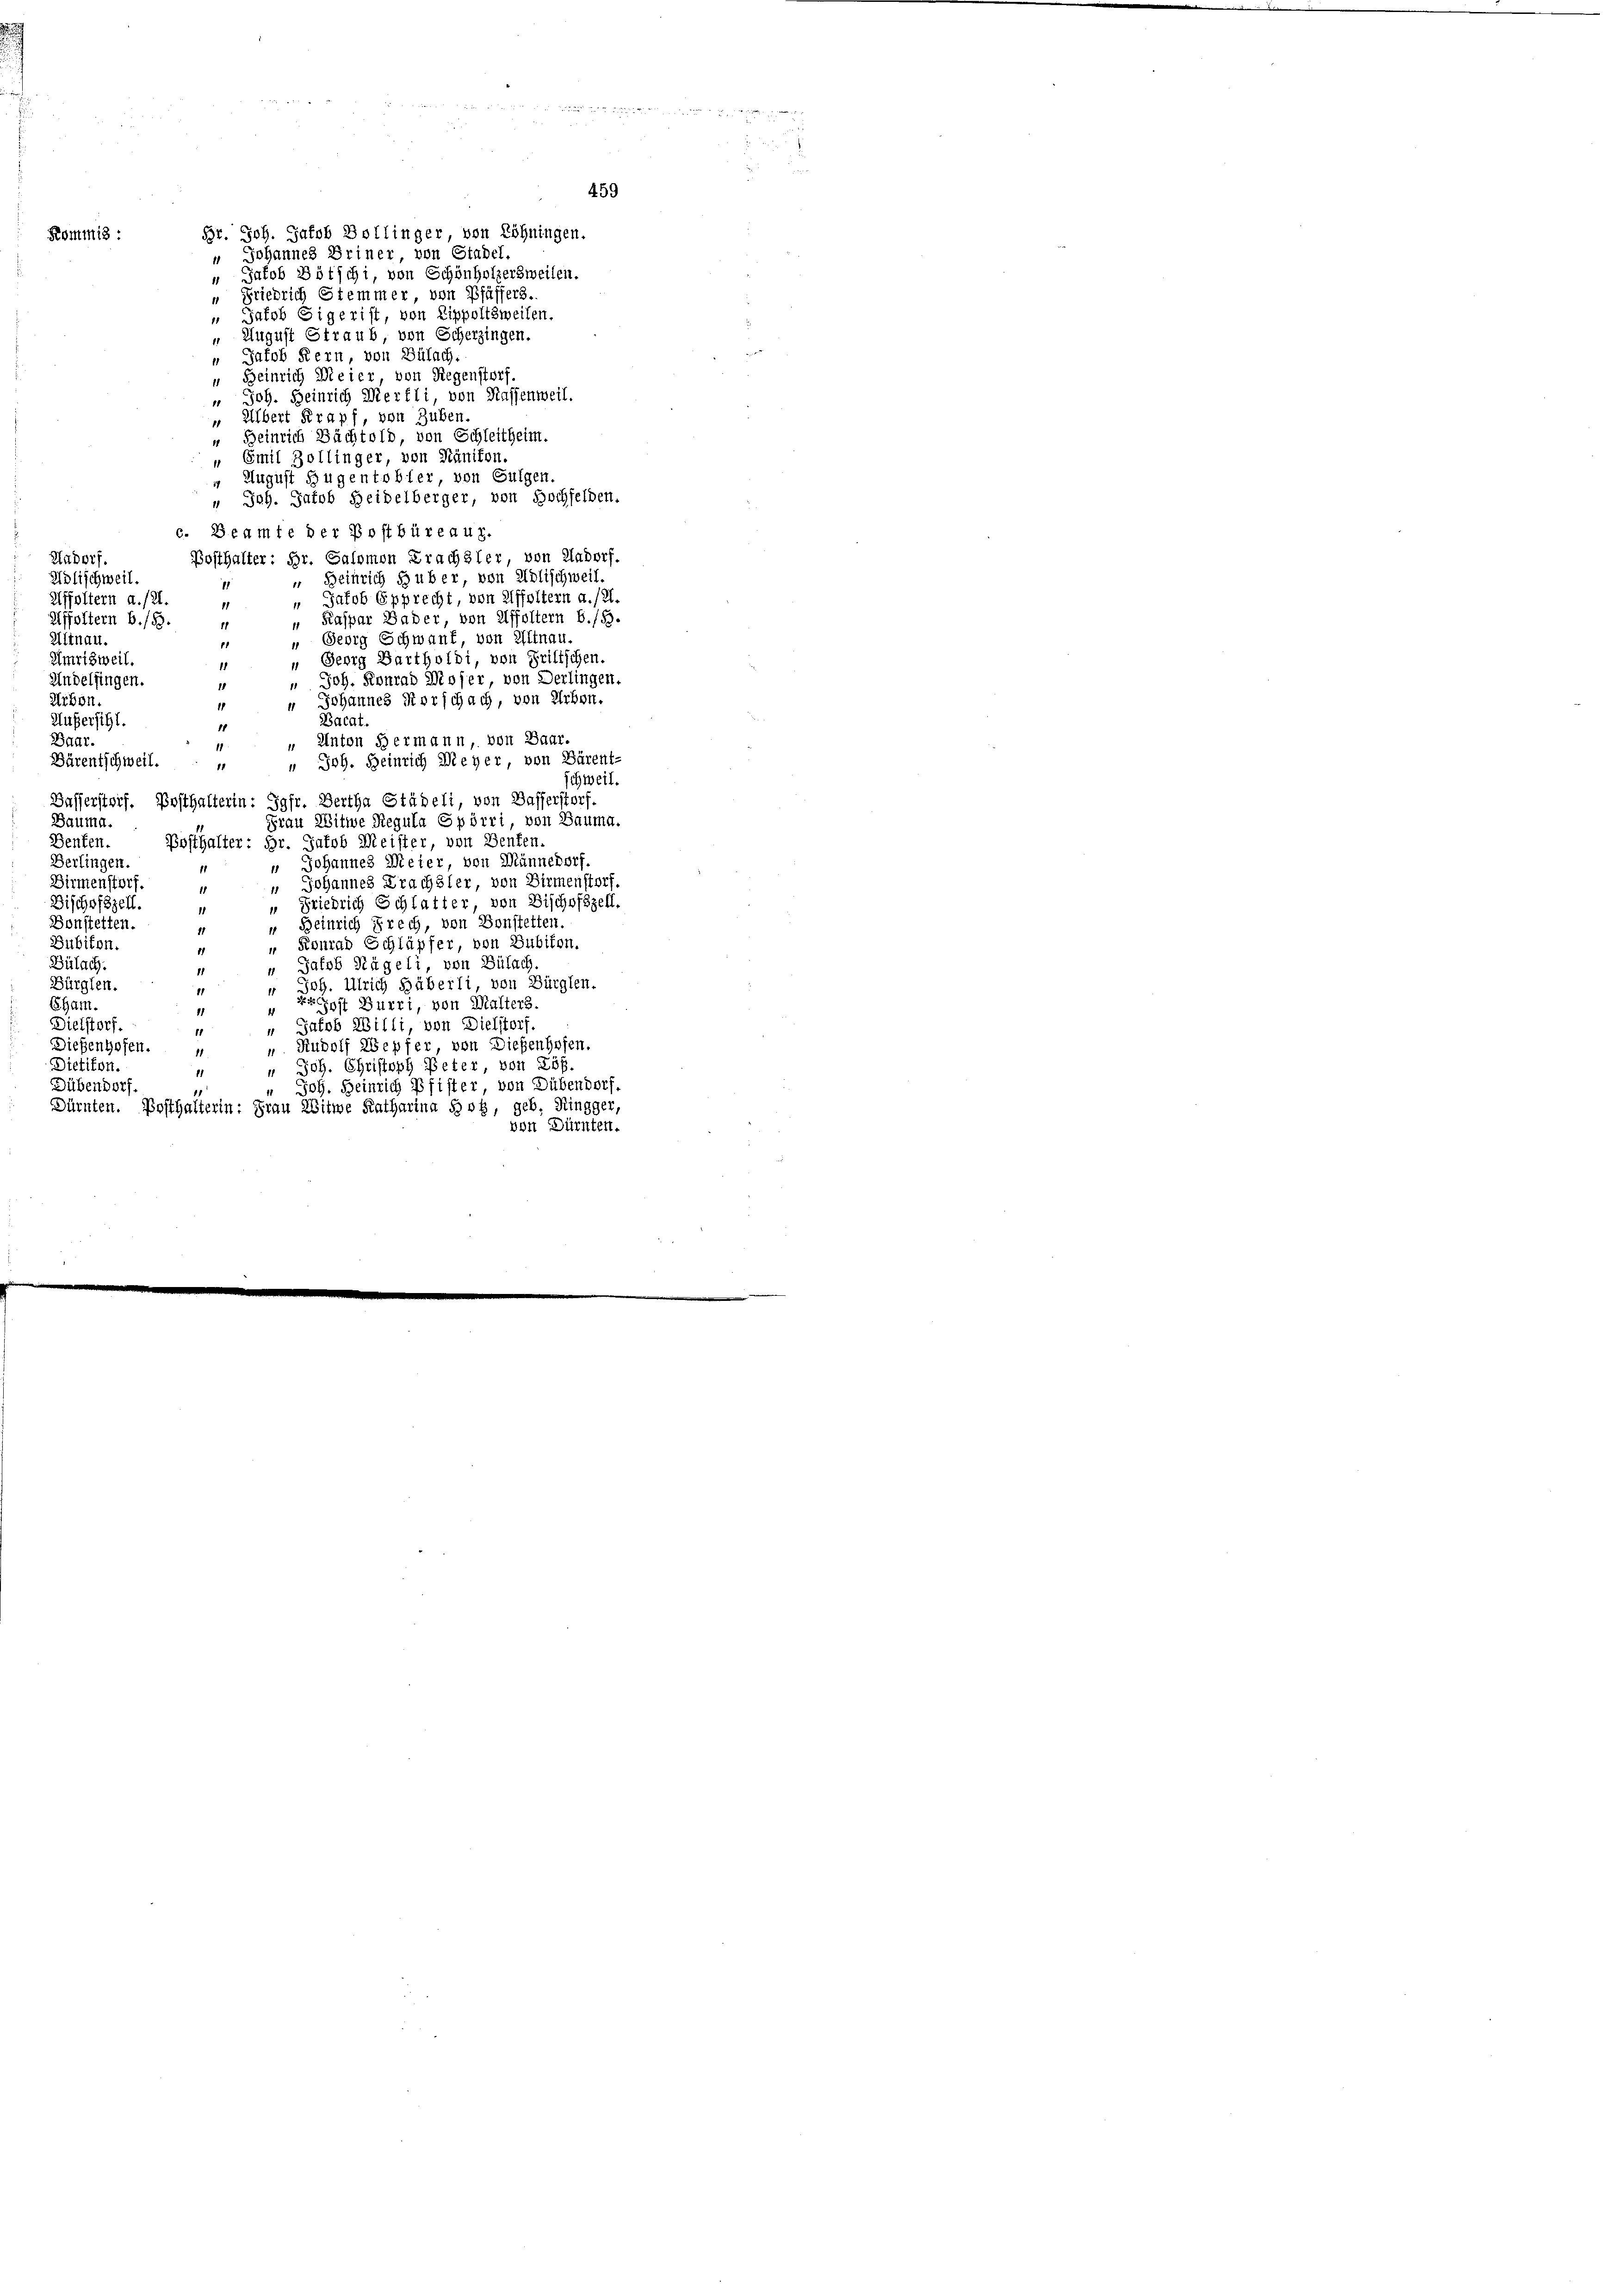
Kommis :

Br. Joh. Jakob Bollinger von Löhningen.
" Johannes Briner, von Stadel.
“ Jakob Bötschi, von Schönholzersweilen.
“ Friedrich Stemmer, von Pfäffers.
 Jakob Sigrist, von Lippoltsweilen.
 August Straub, von Scherzingen.
“ Jakob Kern von Bülach:
“ Heinrich Meier, von Regenstorf,
" Joh. Heinrich Merfli, von Kassenweil.
" Albert Krapf, von Huben
“ Heinrich Sächtold, von Schleitheim.
" Emil Zollinger, von Nänikon
 August Hugentobler, von Gulgen
" Joh. Jatob Heidelberger, von Hochfelden.
c. Beamte der Postbüreaux.
Bosthalter: Hr. Salomon Brachsler, von Aadorf.
Hudorf.
" Heinrich Huber, von Adlischweil.
Holischweil.
 Jakob Epprecht, von Affoltern a./21.
Affoltern a./21.
1
 Kaspar Bader, von Affoltern b/5.
Affoltern b./8
11
Altnau.
" Sewig Schwank, von Altnau.
„ Georg Bartholdi, von Frilischen.
Umrisweil
" Joh. Konrad Moser, von Derlingen.
Andelfingen.
Urbon.
" Johannes Morschach, von Arben.
11
Bacat.
Äußersihl.
11
Baar.
" Anton Hermann, von Baar.
Bärentschweil.
" Joh. Heinrich Meyer, von Bärent-
1
schweil.
Basserstorf. Posthalterin: Jgfr. Bertha Städeli, von Basserstorf,
Bauma.
Frau Witwe Regula Spörri von Bauma.
Bosthalter: Hr. Gutob Meister, von Benten.
Denten.
Berlingen.
u Johannes Meier, von Männedorf
1
Birmenstorf.
" Johannes Prachsler, von Birmenstorf.
1
Bischefszell.
 Friedrich Schlatter, von Bischofszell.
11
Bonstetten.
“ Beinrich Frech, von Bonstetten.
11
Bubikon.
" Konrad Schläpfer, von Bubikon.
11
Bülach.
“ Jakob Nägeli von Bülach
11
Bürglen.
" Joh. Ulrich Häberli, von Bürglen.
11
pft Burri, von Malters.
Eham.
11
Dielstorf.
" Jacob Willi, von Dielstorf.
11
". Rudolf Wepfer von Diesenhofen.
Dießenhofen.
Dietikon
Joh. Christoph Peter, von Lös.
11
1
Dübendorf
" Joh. Heinrich Pfister, von Dübendorf,
1
Dürnten. Posthalterin: Frau Witwe Katharina Sog, geb. Ringger,
von Dürnten.